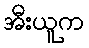
အီးယူက